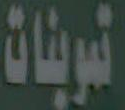
تموينات